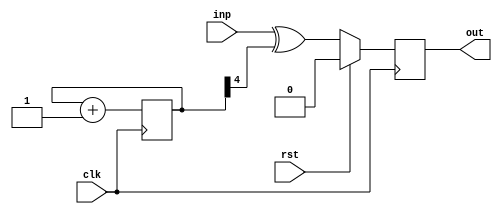
module attrib04_bar(clk, rst, inp, out);
  input  wire clk;
  input  wire rst;
  input  wire inp;
  output reg  out;

  (* this_is_a_prescaler *)
  reg [7:0] counter;

  (* temp_wire *)
  wire out_val;

  always @(posedge clk)
    counter <= counter + 1;

  assign out_val = inp ^ counter[4];

  always @(posedge clk)
    if (rst) out <= 1'd0;
    else     out <= out_val;

endmodule

module attrib04_foo(clk, rst, inp, out);
  input  wire clk;
  input  wire rst;
  input  wire inp;
  output wire out;

  attrib04_bar bar_instance (clk, rst, inp, out);
endmodule